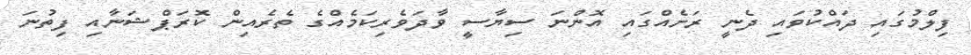
ފިލްމުގައި ދައްކުވައި ދެނީ ރަށެއްގައި އޮންނަ ސިޔާސީ ވާދަވެރިކަމެއްގެ ތެރެއިން ކޮރަޕްޝަނާއި ފިތުނަ